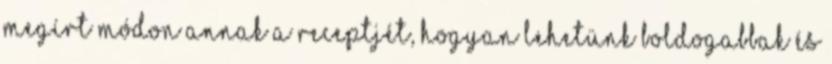
megírt módon annak a receptjét, hogyan lehetünk boldogabbak és